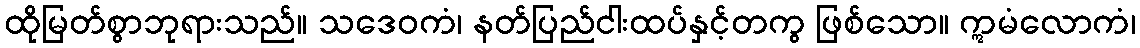
ထိုမြတ်စွာဘုရားသည်။ သဒေဝကံ၊ နတ်ပြည်ငါးထပ်နှင့်တကွ ဖြစ်သော။ ဣမံလောကံ၊